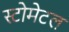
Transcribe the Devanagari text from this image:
स्टोमेटल